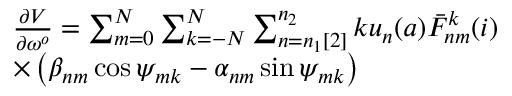
\begin{array} { r l } & { \frac { \partial V } { \partial \omega ^ { o } } = \sum _ { m = 0 } ^ { N } \sum _ { k = - N } ^ { N } \sum _ { n = n _ { 1 } [ 2 ] } ^ { n _ { 2 } } k u _ { n } ( a ) \bar { F } _ { n m } ^ { k } ( i ) } \\ & { \times \left( \beta _ { n m } \cos \psi _ { m k } - \alpha _ { n m } \sin \psi _ { m k } \right) } \end{array}